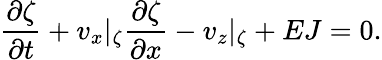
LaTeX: \frac{\partial\zeta}{\partial t}+v_{x}\vert_{\zeta}\frac{\partial\zeta}{\partial x}-v_{z}\vert_{\zeta}+EJ=0.